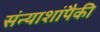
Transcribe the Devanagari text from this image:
संन्याशांपैकी